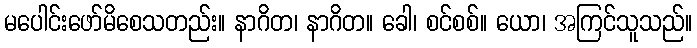
မပေါင်းဖော်မိစေသတည်း။ နာဂိတ၊ နာဂိတ။ ခေါ၊ စင်စစ်။ ယော၊ အကြင်သူသည်။